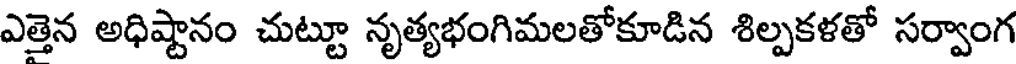
ఎత్తెన అధిష్టానం చుట్టూ నృత్యభంగిమలతోకూడిన శిల్పకళతో సర్వాంగ